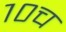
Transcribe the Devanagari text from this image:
१०च